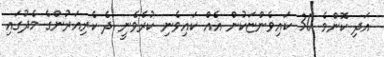
އަދި ކޮންމެ 30 ކައިވެންޏަކުން އެއް ކައިވެނި ކުރެވެނީ ދެ ކެރިއަރުންގެ މެދުގައި